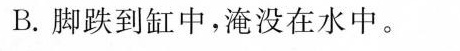
B.脚跌到缸中，淹没在水中。